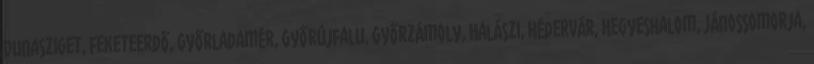
Dunasziget, Feketeerdő, Győrladamér, Győrújfalu, Győrzámoly, Halászi, Hédervár, Hegyeshalom, Jánossomorja,